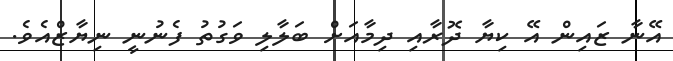
އޭނާ ޒައިން އޭ ކިޔާ ދޮރާއި ދިމާއަށް ބަލާލި ވަގުތު ފެނުނީ ނިޔާޒްއެވެ.